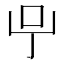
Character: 𠯃